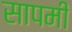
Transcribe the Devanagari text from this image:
सापमी